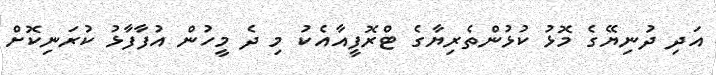
އަދި ދުނިޔޭގެ މޮޅު ކުޅުންތެރިޔާގެ ޓްރޮފީއާއެކު މި ދެ މީހުން އުފާފާޅު ކުރަނިކޮށް